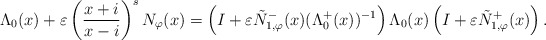
\begin{align*}\Lambda_0(x) + \varepsilon \left(\frac{x + i}{x - i}\right)^s N_{\varphi}(x) = \left(I + \varepsilon \tilde{N}_{1,\varphi}^{-}(x) (\Lambda^{+}_{0}(x))^{-1}\right) \Lambda_{0}(x) \left(I + \varepsilon \tilde{N}_{1,\varphi}^{+}(x)\right).\end{align*}